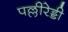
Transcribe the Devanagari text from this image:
पल्लीरेड्डी